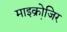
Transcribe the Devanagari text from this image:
माइक्रोजि़र